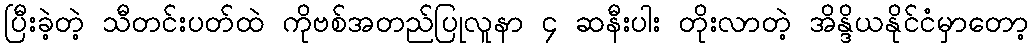
ပြီးခဲ့တဲ့ သီတင်းပတ်ထဲ ကိုဗစ်အတည်ပြုလူနာ ၄ ဆနီးပါး တိုးလာတဲ့ အိန္ဒိယနိုင်ငံမှာတော့